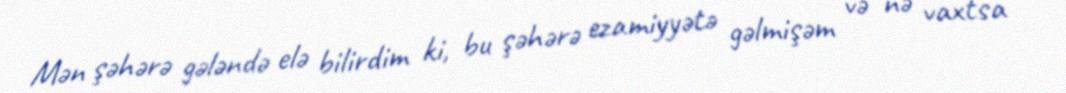
Mən şəhərə gələndə elə bilirdim ki, bu şəhərə ezamiyyətə gəlmişəm və nə vaxtsa